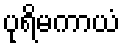
ပုရိမကာယံ